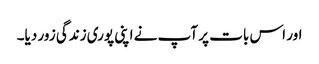
اور اس بات پر آپ نے اپنی پوری زندگی زور دیا۔